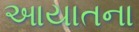
આયાતના